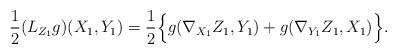
LaTeX: \begin{align*} \frac{1}{2} (L_{Z_1} g)(X_1,Y_1) = \frac{1}{2} \Big \{ g(\nabla_{X_1} Z_1,Y_1) + g(\nabla_{Y_1} Z_1,X_1) \Big \}.\end{align*}